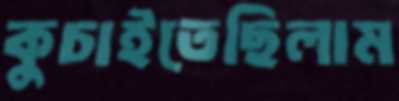
কুচাইতেছিলাম